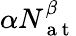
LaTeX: \alpha N_{\mathrm{~a~t~}}^{\beta}